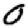
Digit: 0